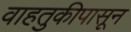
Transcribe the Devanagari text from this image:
वाहतुकीपासून